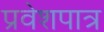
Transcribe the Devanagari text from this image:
प्रवेशपात्र